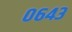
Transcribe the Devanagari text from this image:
०६४३